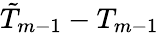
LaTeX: \tilde{T}_{m-1}-T_{m-1}